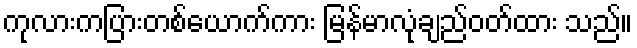
ကုလားကပြားတစ်ယောက်ကား မြန်မာလုံချည်ဝတ်ထား သည်။